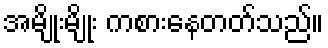
အမျိုးမျိုး ကစားနေတတ်သည်။